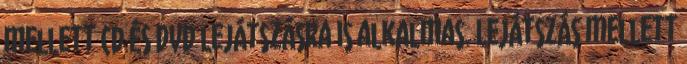
mellett CD és DVD lejátszásra is alkalmas. Lejátszás mellett